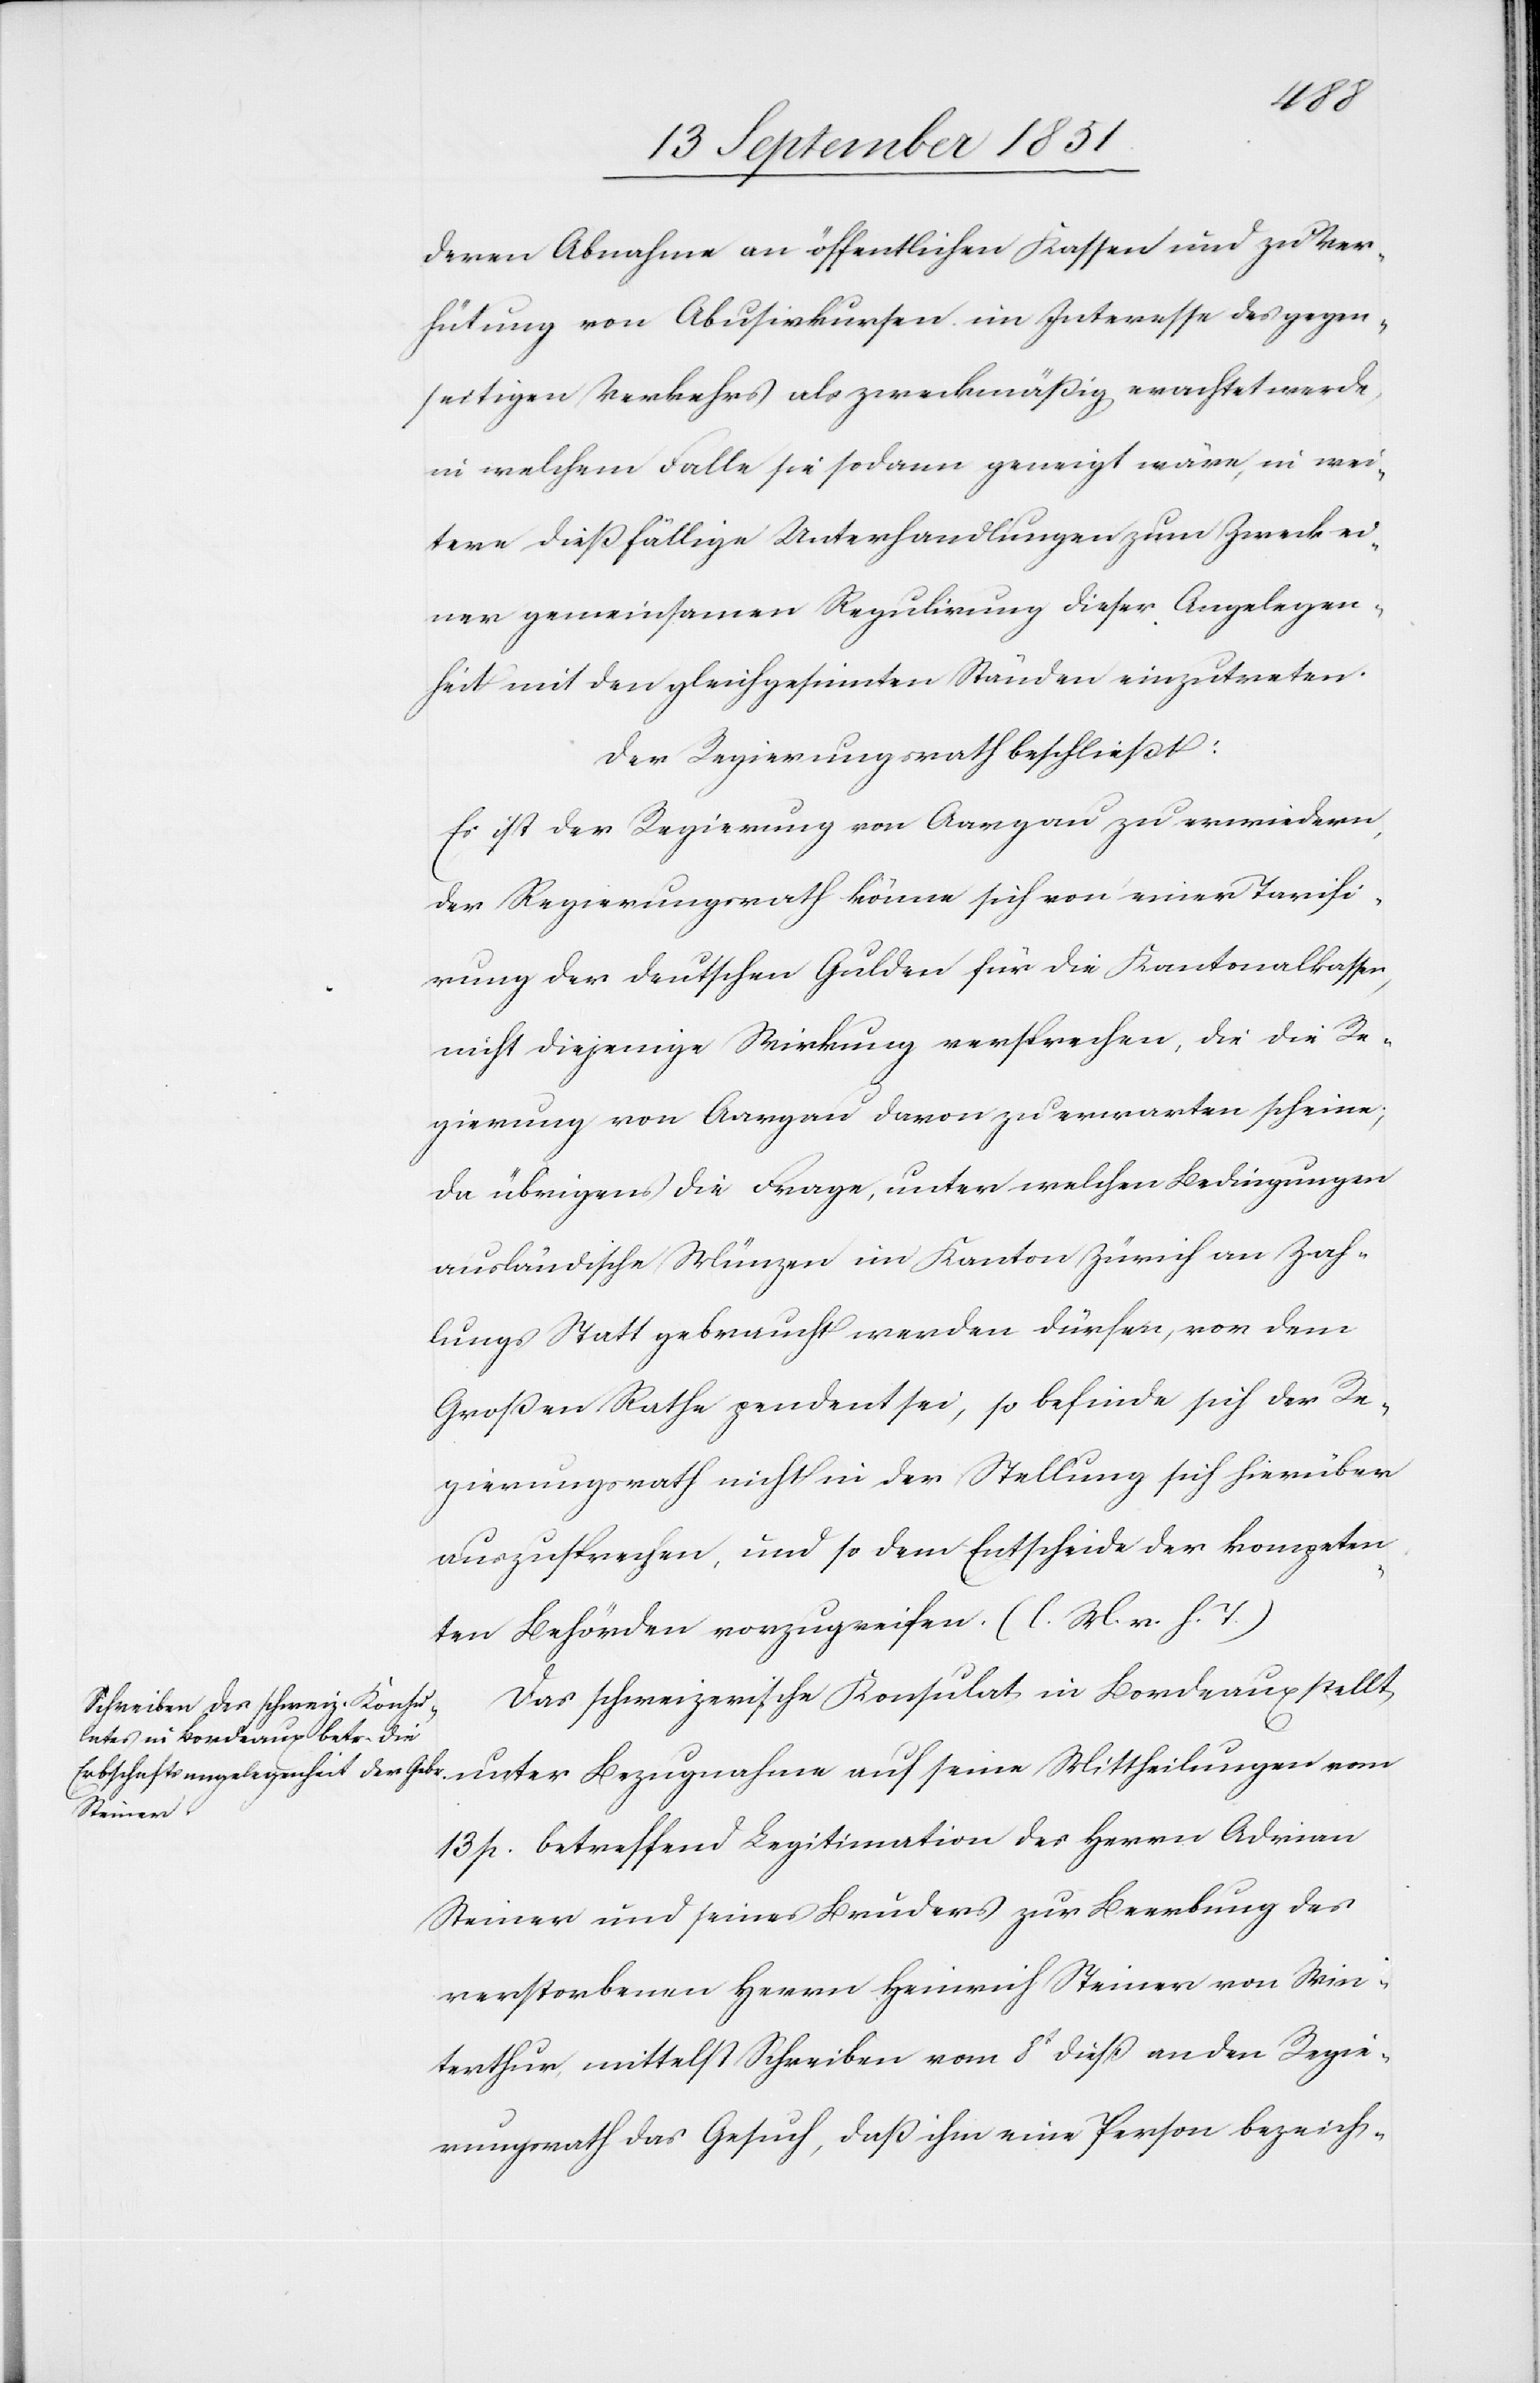
deren Abnahme an öffentlichen Kassen und zu Ver¬
hütung von Abusivkursen im Interesse des gegen¬
seitigen Verkehrs als zweckmäßig erachtet werde,
in welchem Falle sie sodann geneigt wäre, in wei¬
tere dießfällige Unterhandlungen zum Zweck ei¬
ner gemeinsamen Regulirung dieser Angelegen¬
heit mit den gleichgesinnten Ständen einzutreten.
Der Regierungsrath beschließt:
Es ist der Regierung von Aargau zu erwiedern,
der Regierungsrath könne sich von einer Tarifi¬
rung der deutschen Gulden für die Kantonalkassen,
nicht diejenige Wirkung versprechen, die die Re¬
gierung von Aargau davon zu erwarten scheine;
da übrigens die Frage, unter welchen Bedingungen
ausländische Münzen im Kanton Zürich an Zah¬
lungs Statt gebraucht werden dürfen, vor dem
Großen Rathe pendent sei, so befinde sich der Re¬
gierungsrath nicht in der Stellung sich hierüber
auszusprechen, und so dem Entscheide der kompeten¬
ten Behörden vorzugreifen. (l. M. v. h. T.)
Das schweizerische Konsulat in Bordeaux stellt
13 p. betreffend Legitimation des Herrn Adrian
Steiner und seines Bruders zur Beerbung des
verstorbenen Herrn Heinrich Steiner von Win¬
terthur, mittelst Schreiben vom 8t dieß an den Regie¬
rungsrath das Gesuch, daß ihm eine Person bezeich-